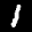
Label: 1